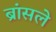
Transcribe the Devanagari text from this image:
ब्रांसले